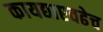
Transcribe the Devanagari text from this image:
कायद्याएवढेच